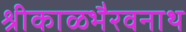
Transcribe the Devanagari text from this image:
श्रीकाळभैरवनाथ